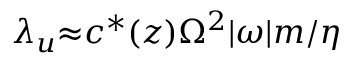
\lambda _ { u } { \approx } c ^ { * } ( z ) \Omega ^ { 2 } { \vert } \omega { \vert } m / \eta